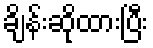
ချိန်းဆိုထားပြီး